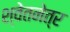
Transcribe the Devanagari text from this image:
श्वेतनेत्र